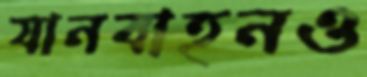
যানবাহনও